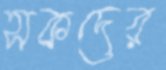
সকদের